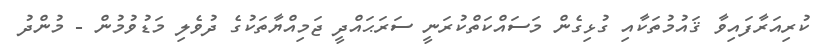
ކުރިއަރާފައިވާ ޤައުމުތަކާއި ގުޅިގެން މަސައްކަތްކުރަނީ ސަރަޙައްދީ ޖަމިއްޔާތަކުގެ ދުވެލި މަޑުވުމުން - މުންދު